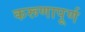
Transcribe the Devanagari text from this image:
करूणापूर्ण